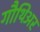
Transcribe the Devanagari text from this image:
गौथिअर